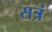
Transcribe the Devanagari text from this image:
सत्रं